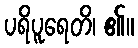
ပရိပူရေတိ၊ ၏။